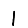
Digit: 1